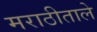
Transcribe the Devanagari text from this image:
मराठीताले